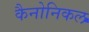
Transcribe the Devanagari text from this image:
कैनोनिकल